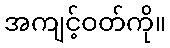
အကျင့်ဝတ်ကို။